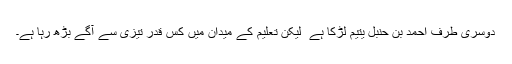
دوسری طرف احمد بن حنبل یتیم لڑکا ہے ٗ لیکن تعلیم کے میدان میں کس قدر تیزی سے آگے بڑھ رہا ہے۔